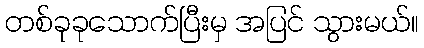
တစ်ခုခုသောက်ပြီးမှ အပြင် သွားမယ်။